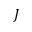
J